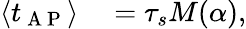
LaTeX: \begin{array}{rl}{\left\langle t_{\mathrm{~A~P~}}\right\rangle}&{{}=\tau_{s}M(\alpha),}\end{array}